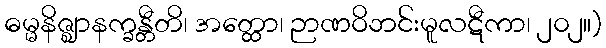
ဓမ္မနိဇ္ဈာနက္ခန္တီတိ၊ အတ္ထော၊ ဉာဏဝိဘင်းမူလဋီကာ၊ ၂၀၂။)